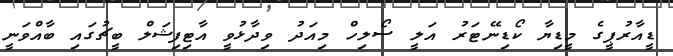
ޑީއާރުޕީގެ މީޑިޔާ ކޯޑިނޭޓަރު އަލީ ސޯލިހް މިއަދު ވިދާޅުވީ އާޓިފިޝަލް ބީޗުގައި ބާއްވަނީ